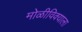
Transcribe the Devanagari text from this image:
मोळीविक्याला